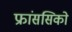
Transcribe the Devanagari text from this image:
फ्रांससिको